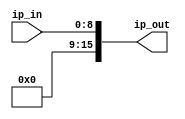
`timescale 1ns / 1ps
//////////////////////////////////////////////////////////////////////////////////
// Company: 
// Engineer: 
// 
// Design Name: 
// Module Name:    pointer_extend 
// Project Name: 
// Target Devices: 
// Tool versions: 
// Description: 
//
// Dependencies: 
//
// Revision: 
// Revision 0.01 - File Created
// Additional Comments: 
//
//////////////////////////////////////////////////////////////////////////////////
module pointer_extend(
		input [8:0] ip_in,
		output [15:0] ip_out
    );

		assign ip_out = {6'b000000, ip_in};

endmodule